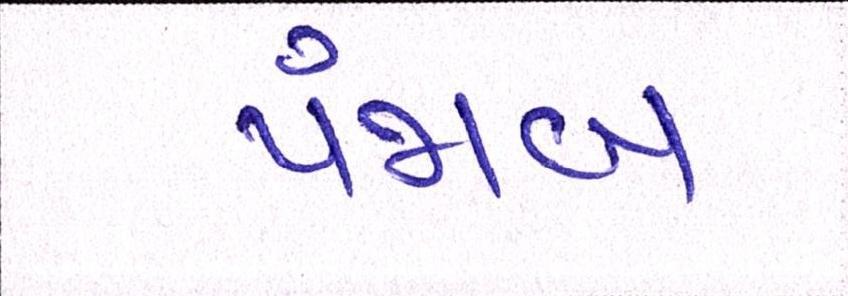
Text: પંજાબ